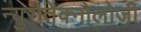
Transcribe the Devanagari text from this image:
न्युरोतेक्नोलोजी